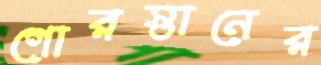
গোরস্তানের